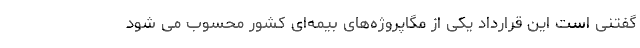
گفتنی است این قرارداد یکی از مگاپروژه‌های بیمه‌ای کشور محسوب می شود